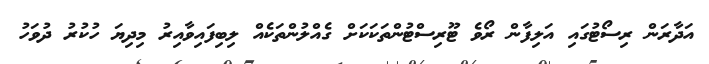
އަދާރަން ރިސޯޓުގައި އަލިފާން ރޯވެ ޓޫރިސްޓުންތަކަކަށް ގެއްލުންތަކެއް ލިބިފައިވާއިރު މިދިޔަ ހުކުރު ދުވަހު